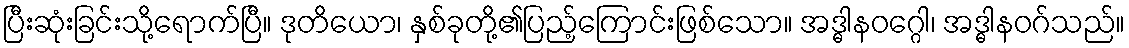
ပြီးဆုံးခြင်းသို့ရောက်ပြီ။ ဒုတိယော၊ နှစ်ခုတို့၏ပြည့်ကြောင်းဖြစ်သော။ အဒ္ဓါနဝဂ္ဂေါ၊ အဒ္ဓါနဝဂ်သည်။